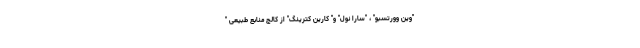
"وین وورتسبو" ، "سارا نول" و" کارین کترینگ" از کالج منابع طبیعی "